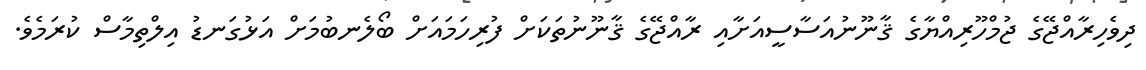
ދިވެހިރާއްޖޭގެ ޖުމްހޫރިއްޔާގެ ޤާނޫނުއަސާސީއަށާއި ރާއްޖޭގެ ޤާނޫނުތަކަށް ފުރިހަމައަށް ބޯލެނބުމަށް އަޅުގަނޑު އިލްތިމާސް ކުރަމެވެ.